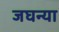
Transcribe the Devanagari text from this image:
जघन्या